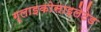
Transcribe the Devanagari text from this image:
ग्लाइकोसाइलेटेड